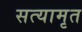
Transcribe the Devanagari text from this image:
सत्यामृत